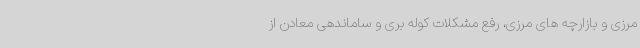
مرزی و بازارچه های مرزی، رفع مشکلات کوله بری و ساماندهی معادن از